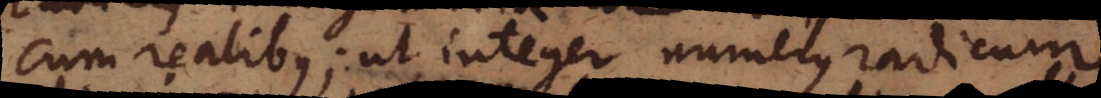
cum realibus; ut integer numerus radicum